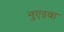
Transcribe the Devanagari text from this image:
नुएइबा